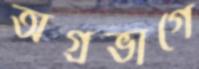
অগ্রভাগে